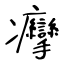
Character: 癴